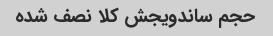
حجم ساندویجش کلا نصف شده